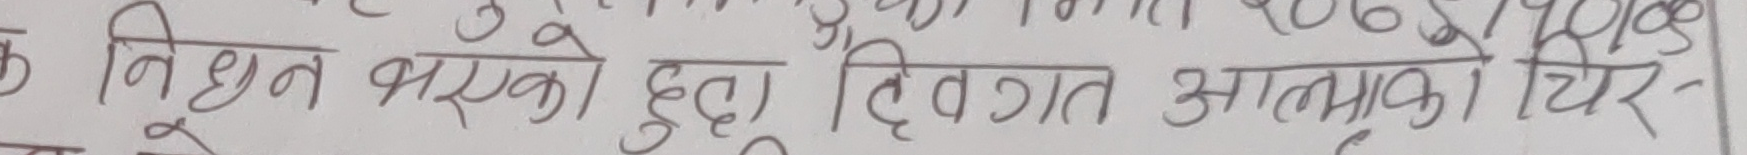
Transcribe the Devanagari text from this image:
क निधन भएको हुदा दिवगत आत्माको चिर